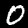
Label: 0